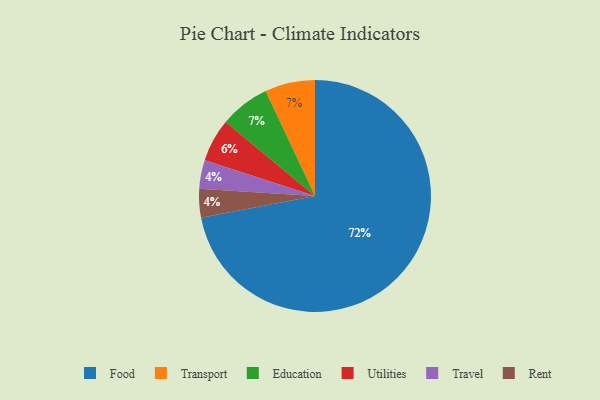
{"axis": {"x": "Category", "y": "Percentage"}, "legend": ["Education", "Food", "Rent", "Transport", "Travel", "Utilities"], "data": [{"x": "Travel", "y": 4, "type": "Travel"}, {"x": "Transport", "y": 7, "type": "Transport"}, {"x": "Food", "y": 72, "type": "Food"}, {"x": "Education", "y": 7, "type": "Education"}, {"x": "Utilities", "y": 6, "type": "Utilities"}, {"x": "Rent", "y": 4, "type": "Rent"}]}